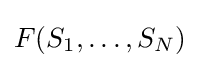
F(S_{1},\ldots ,S_{N})